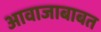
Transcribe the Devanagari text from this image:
आवाजाबाबत